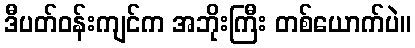
ဒီပတ်ဝန်းကျင်က အဘိုးကြီး တစ်ယောက်ပဲ။